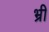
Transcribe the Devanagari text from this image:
भ्री